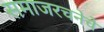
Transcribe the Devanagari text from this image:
समाजरचनेचे